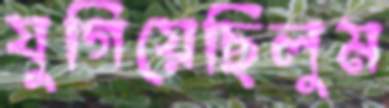
যুগিয়েছিলুম